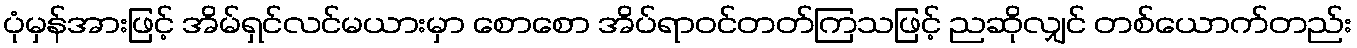
ပုံမှန်အားဖြင့် အိမ်ရှင်လင်မယားမှာ စောစော အိပ်ရာဝင်တတ်ကြသဖြင့် ညဆိုလျှင် တစ်ယောက်တည်း